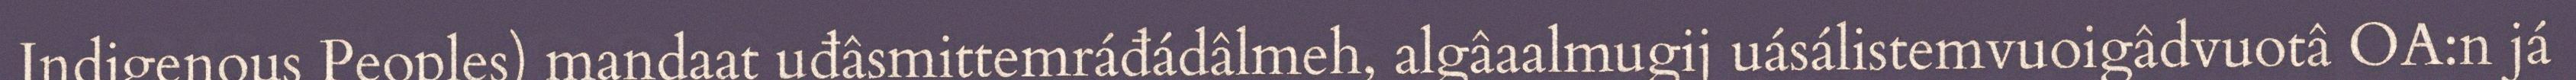
Indigenous Peoples) mandaat uđâsmittemráđádâlmeh, algâaalmugij uásálistemvuoigâdvuotâ OA:n já